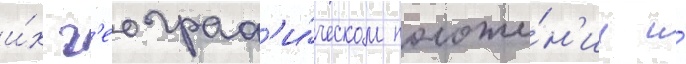
и́х г'еограф'и́ческом положе́н'ии и́